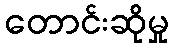
တောင်းဆိုမှု